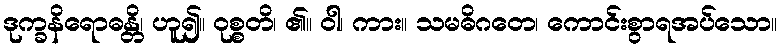
ဒုက္ခနိရောဓန္တိ၊ ဟူ၍။ ဝုစ္စတိ၊ ၏။ ဝါ၊ ကား။ သမဓိဂတေ၊ ကောင်းစွာရအပ်သော။